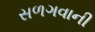
સળગવાની